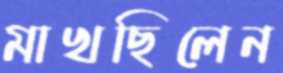
মাখছিলেন